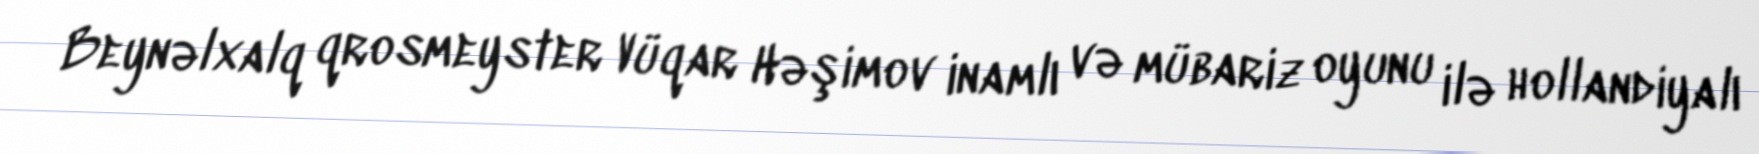
Beynəlxalq qrosmeyster Vüqar Həşimov inamlı və mübariz oyunu ilə hollandiyalı